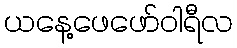
ယနေ့ဖေဖော်ဝါရီလ